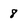
Character: 8